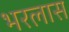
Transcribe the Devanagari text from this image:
भरलास